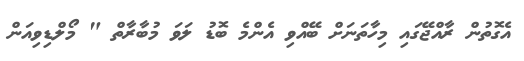
އެގޮތުން ރާއްޖޭގައި މިހާތަނަށް ބޭއްވި އެންމެ ބޮޑު ލަވަ މުބާރާތް " މޯލްޑިވިއަން